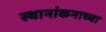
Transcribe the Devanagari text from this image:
स्थानांकनाच्या